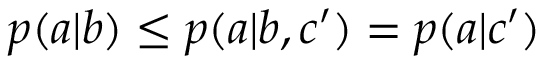
p ( a | b ) \leq p ( a | b , c ^ { \prime } ) = p ( a | c ^ { \prime } )